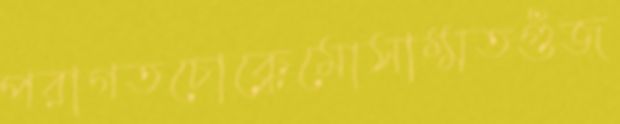
পরাগতচোক্কেমোসাম্মতগুঁজ